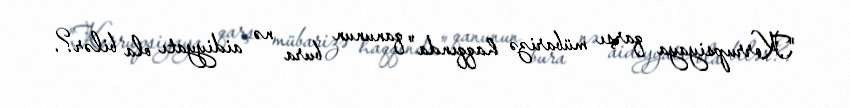
"Korrupsiyaya qarşı mübarizə haqqında" qanunun bura nə aidiyyatı ola bilər?.